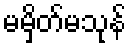
မမှိတ်မသုန်